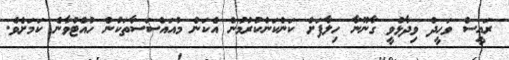
ރައީސް ވަހީދު ވިދާޅުވީ ގާނޫނާ ހިލާފަށް ކަންކަންކުރުމުން އެކަން މުއައްސަސާތަކުން ހުއްޓުވާނެ ކަމަށެވެ.